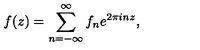
f ( z ) = \sum _ { n = - \infty } ^ { \infty } f _ { n } e ^ { 2 \pi i n z } ,